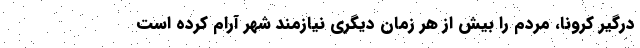
درگیر کرونا، مردم را بیش از هر زمان دیگری نیازمند شهر آرام کرده است